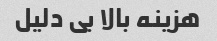
هزینه بالا بی دلیل